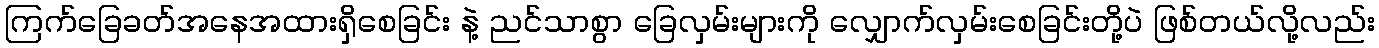
ကြက်ခြေခတ်အနေအထားရှိစေခြင်း နဲ့ ညင်သာစွာ ခြေလှမ်းများကို လျှောက်လှမ်းစေခြင်းတို့ပဲ ဖြစ်တယ်လို့လည်း